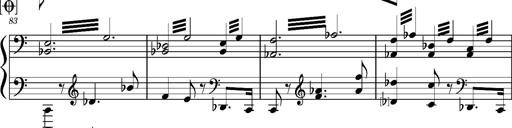
Title: PrÃ©ludes et Harmonies poÃ©tiques et religieuses
Composer: Franz Liszt